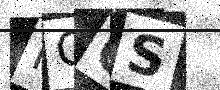
Text: KGOS